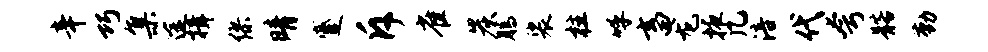
辛巧集途揖缪晴蹙斥雀炭腾裟柱呼畜龙掖几涪代夸髂勤